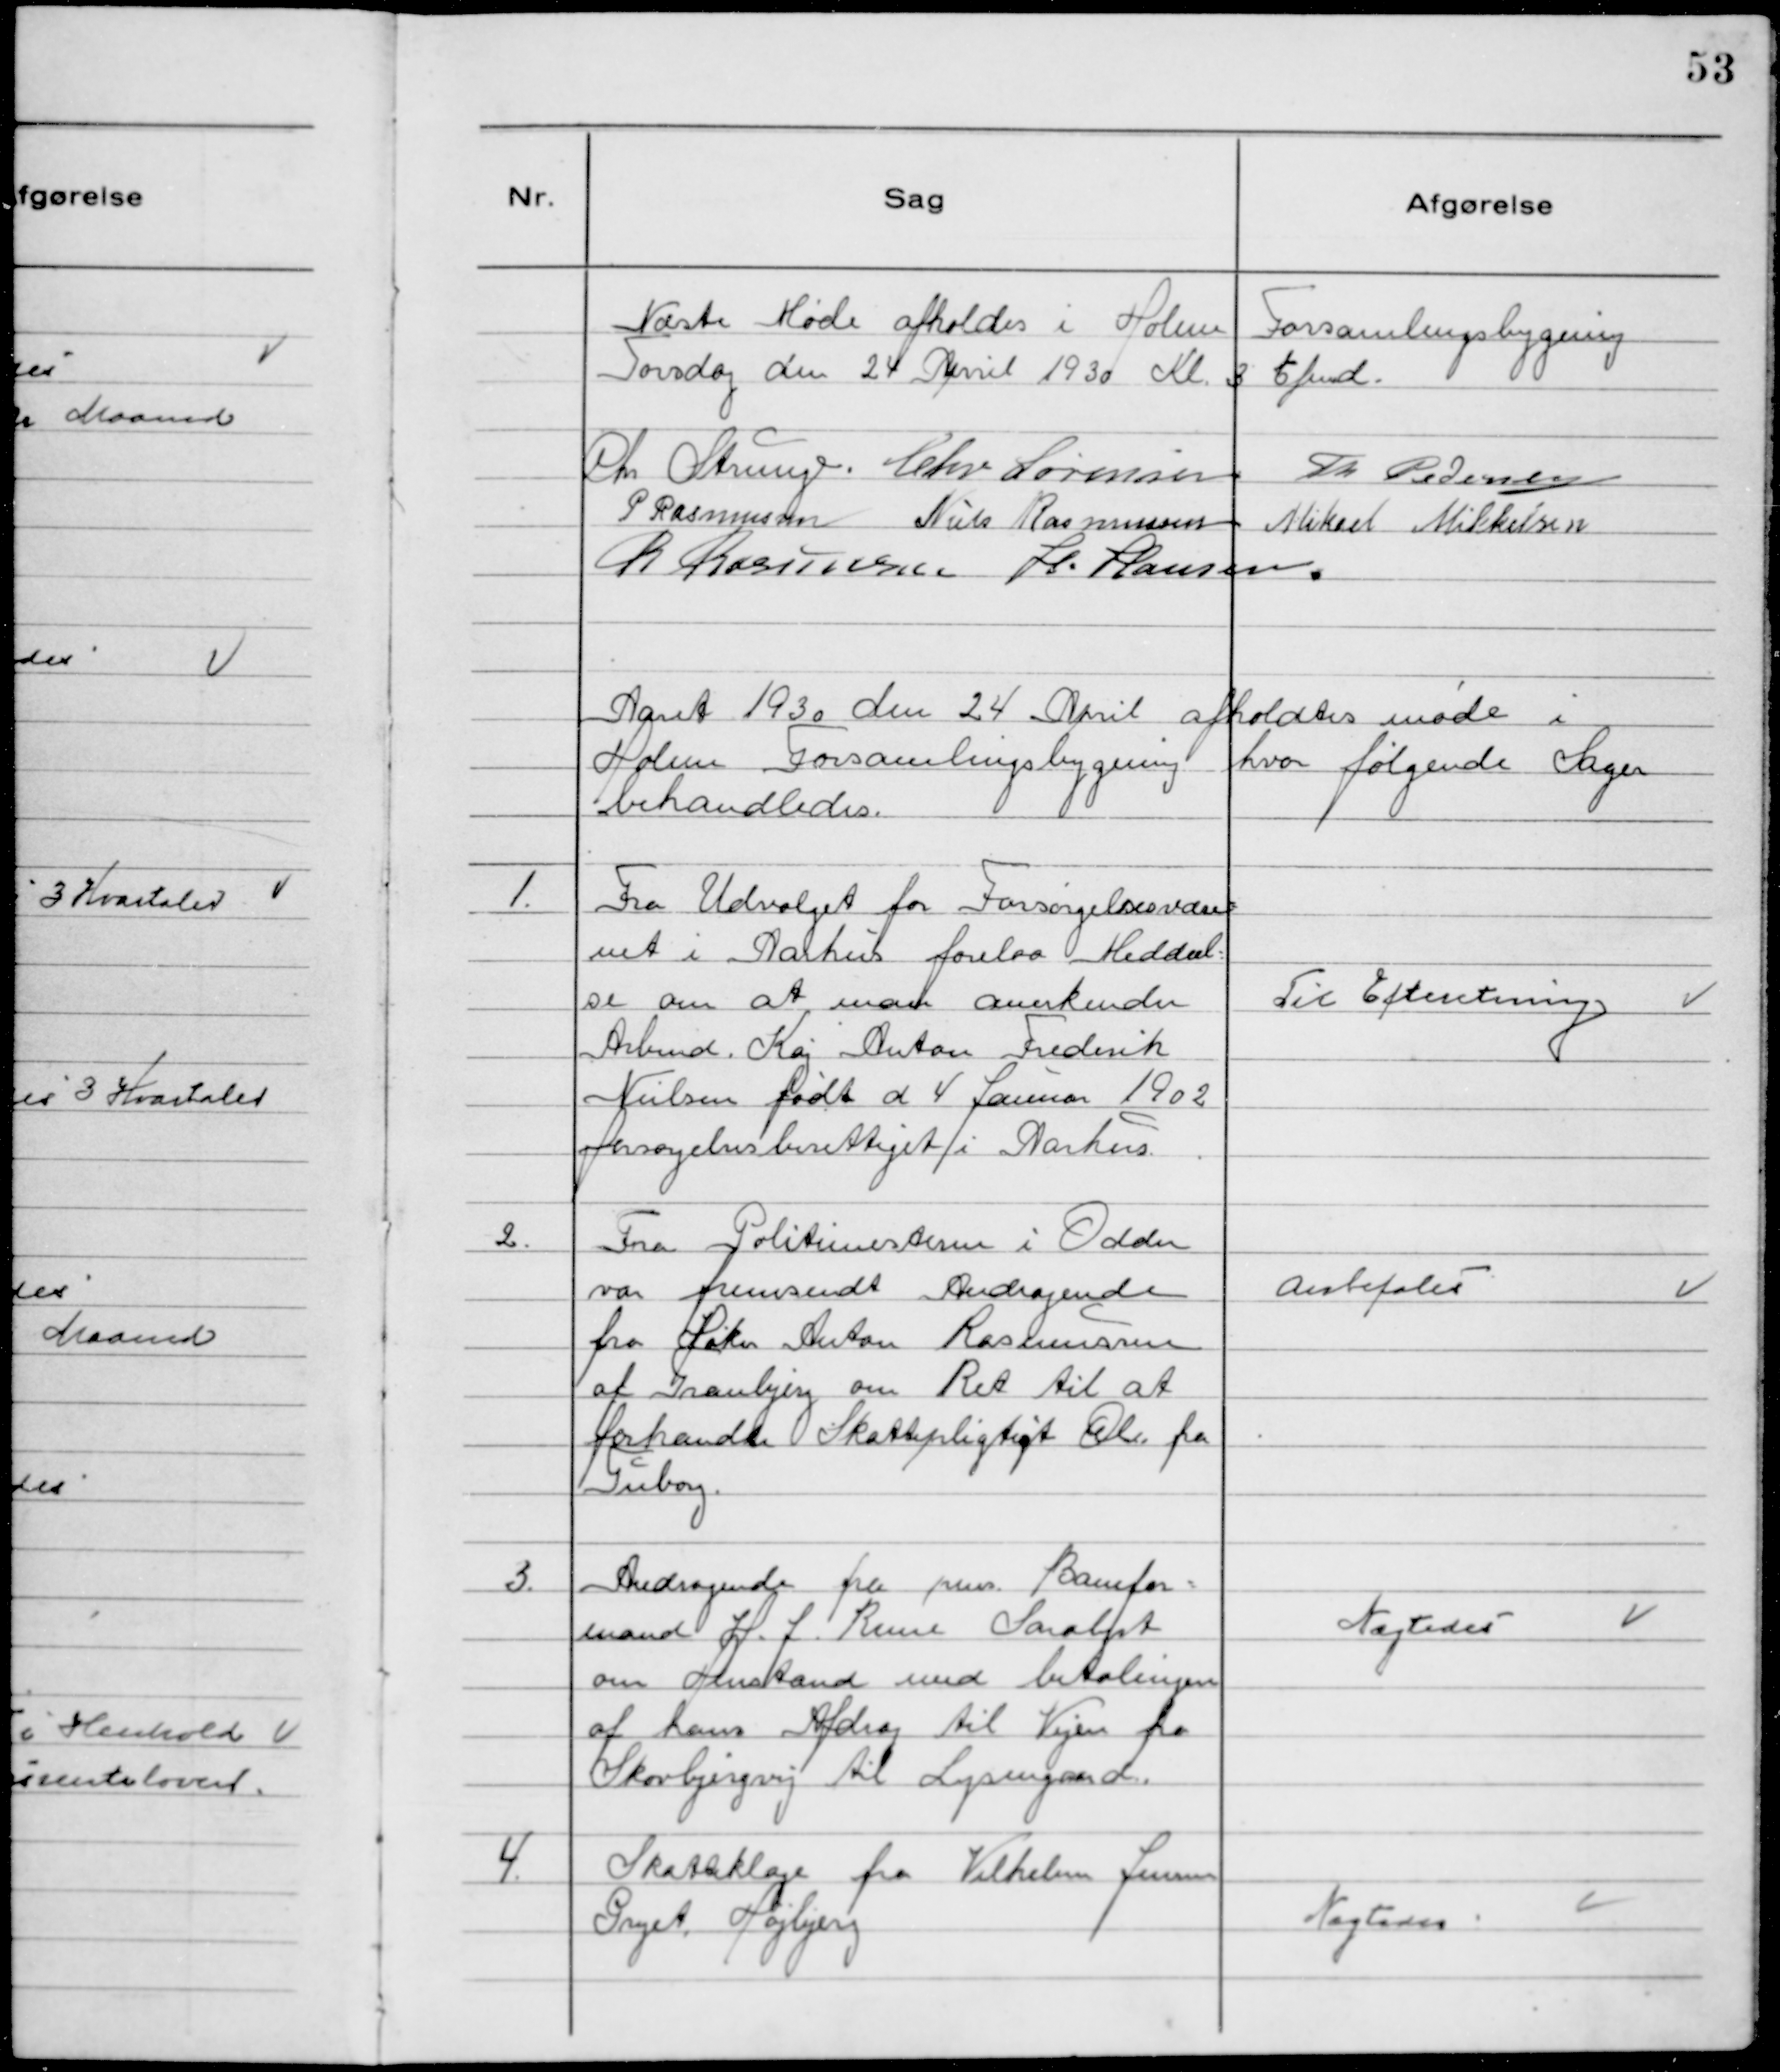
Transskription:
Næste Møde afholdes i Holme Forsamlingsbygning
Torsdag den 24 April 1930 Kl 3 Efmd.
Chr Strunge. Chr Sørensen Th Pedersen
P Rasmussen Niels Rasmussen Mikkel Mikkelsen
R Rasmussen H. Hansen.

Aaret 1930 den 24 April afholdtes møde i
Holme Forsamlingsbygning hvor følgende Sager
behandledes.

1. Fra Udvalget for Forsørgelsesvæse
net i Aarhus forelaa Meddeel-
se om at man anerkender
Arbmd. Kaj Anton Frederik
Nielsen født d 4 Januar 1902
forsørgelsesberettiget i Aarhus.

Til Efteretning

2. Fra Politimesteren i Odder
var fremsendt Andragende
fra Høker Anton Rasmussen
af Tranbjerg om Ret til at
forhandle Skattepligtigt Øl fra
Tuborg.

Anbefales

3. Andragende fra pens. Banefor-
mand H.J. Reuse Saralyst
om Henstand med betalingen
af Hans Afdrag til Vejen fra
Skovbjergvej til Lysengaard.

.Nægtedes

4. Skatteklage fra Vilhelm Jensen
Pryst, Højbjerg

Nægtedes